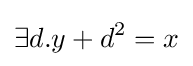
\exists d.y+d^{2}=x